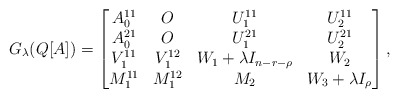
\begin{align*} G_{\lambda}(Q[A]) = \begin{bmatrix} A_0^{11} & O & U_1^{11} & U_2^{11} \\ A_0^{21} & O & U_1^{21} & U_2^{21} \\ V_1^{11} & V_1^{12} & W_1 + \lambda I_{n- r -\rho} & W_2 \\ M_1^{11} & M_1^{12} & M_2 & W_3 + \lambda I_\rho \end{bmatrix} ,\end{align*}